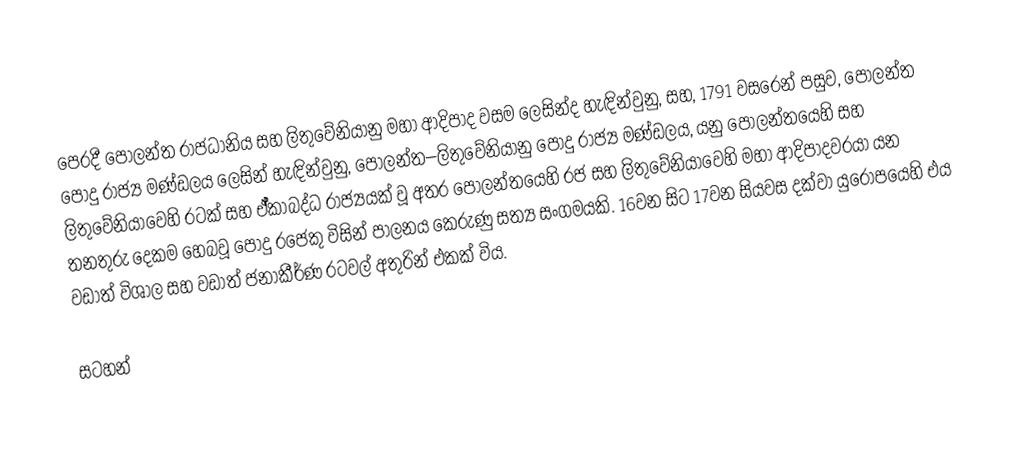
පෙරදී පෝලන්ත රාජධානිය සහ ලිතුවේනියානු මහා ආදිපාද වසම ලෙසින්ද හැඳින්වුනු, සහ, 1791 වසරෙන් පසුව, පෝලන්ත පොදු රාජ්‍ය මණ්ඩලය ලෙසින් හැඳින්වුනු, පෝලන්ත–ලිතුවේනියානු පොදු රාජ්‍ය මණ්ඩලය, යනු පෝලන්තයෙහි සහ ලිතුවේනියාවෙහි  රටක් සහ ඒ්කාබද්ධ රාජ්‍යයක් වූ අතර  පෝලන්තයෙහි රජ සහ ලිතුවේනියාවෙහි මහා ආදිපාදවරයා යන තනතුරු දෙකම හෙබවූ පොදු රජෙකු විසින් පාලනය කෙරුණු සත්‍ය සංගමයකි. 16වන සිට 17වන සියවස දක්වා යුරෝපයෙහි එය වඩාත් විශාල  සහ වඩාත් ජනාකීර්ණ රටවල් අතුරින් එකක් විය.

සටහන්